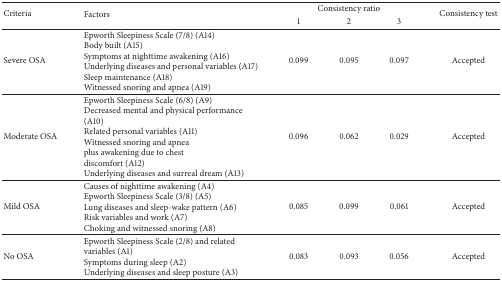
| <ROWSPAN=2> Criteria | <ROWSPAN=2> Factors | <COLSPAN=3> Consistency ratio | <ROWSPAN=2> Consistency test |
 | 1 | 2 | 3 |
 | --- | --- | --- | --- | --- | --- |
 | Severe OSA | Epworth Sleepiness Scale (7/8) (A14)Body built (A15)Symptoms at nighttime awakening (A16)Underlying diseases and personal variables (A17)Sleep maintenance (A18)Witnessed snoring and apnea (A19) | 0.099 | 0.095 | 0.097 | Accepted |
 | Moderate OSA | Epworth Sleepiness Scale (6/8) (A9)Decreased mental and physical performance (A10)Related personal variables (A11)Witnessed snoring and apneaplus awakening due to chest discomfort (A12)Underlying diseases and surreal dream (A13) | 0.096 | 0.062 | 0.029 | Accepted |
 | Mild OSA | Causes of nighttime awakening (A4)Epworth Sleepiness Scale (3/8) (A5)Lung diseases and sleep-wake pattern (A6)Risk variables and work (A7)Choking and witnessed snoring (A8) | 0.085 | 0.099 | 0.061 | Accepted |
 | No OSA | Epworth Sleepiness Scale (2/8) and related variables (A1)Symptoms during sleep (A2)Underlying diseases and sleep posture (A3) | 0.083 | 0.093 | 0.056 | Accepted |